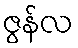
ဇွန်လ